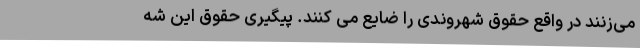
می‌زنند در واقع حقوق شهروندی را ضایع می ‌کنند. پیگیری حقوق این شه